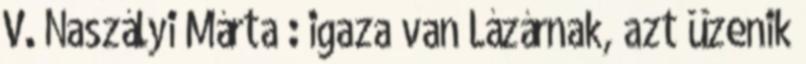
V. Naszályi Márta : igaza van Lázárnak, azt üzenik